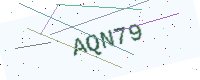
Text: AQN79